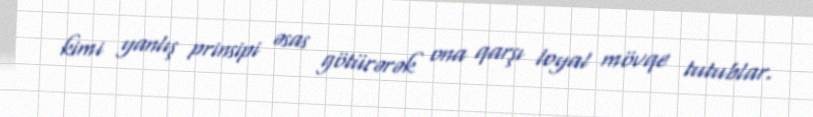
kimi yanlış prinsipi əsas götürərək ona qarşı loyal mövqe tutublar.